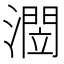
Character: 𭲻